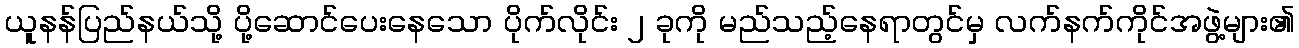
ယူနန်ပြည်နယ်သို့ ပို့ဆောင်ပေးနေသော ပိုက်လိုင်း ၂ ခုကို မည်သည့်နေရာတွင်မှ လက်နက်ကိုင်အဖွဲ့များ၏